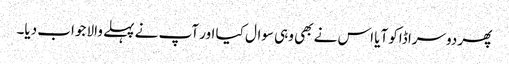
پھر دوسرا ڈاکو آیا اس نے بھی وہی سوال کیا اور آپ نے پہلے والا جواب دیا۔